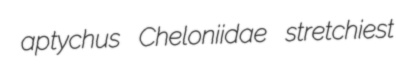
aptychus Cheloniidae stretchiest